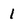
Character: 1